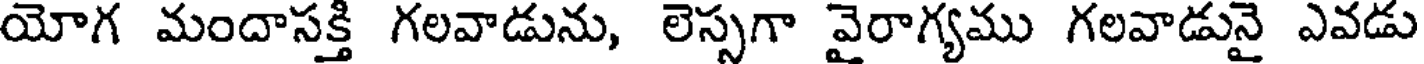
యోగ మందాసక్తి గలవాడును, లెస్సగా వైరాగ్యము గలవాడునై ఎవడు